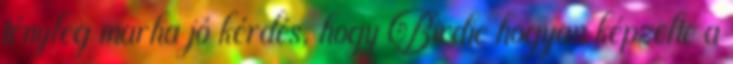
tényleg marha jó kérdés, hogy Birdie hogyan képzelte a